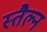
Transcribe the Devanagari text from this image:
स्तैल्न